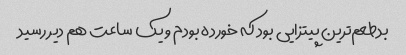
بدطعم‌ترین پیتزایی بود که خورده بودم و یک ساعت هم دیر رسید